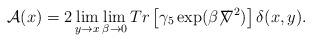
LaTeX: \begin{align*}{\cal A}(x) = 2\lim_{y\rightarrow x} \lim_{\beta\rightarrow 0} Tr \left[{\gamma}_5 \exp(\beta{\not \!\nabla}^2)\right] {\delta}(x,y).\end{align*}